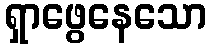
ရှာဖွေနေသော